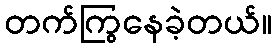
တက်ကြွနေခဲ့တယ်။